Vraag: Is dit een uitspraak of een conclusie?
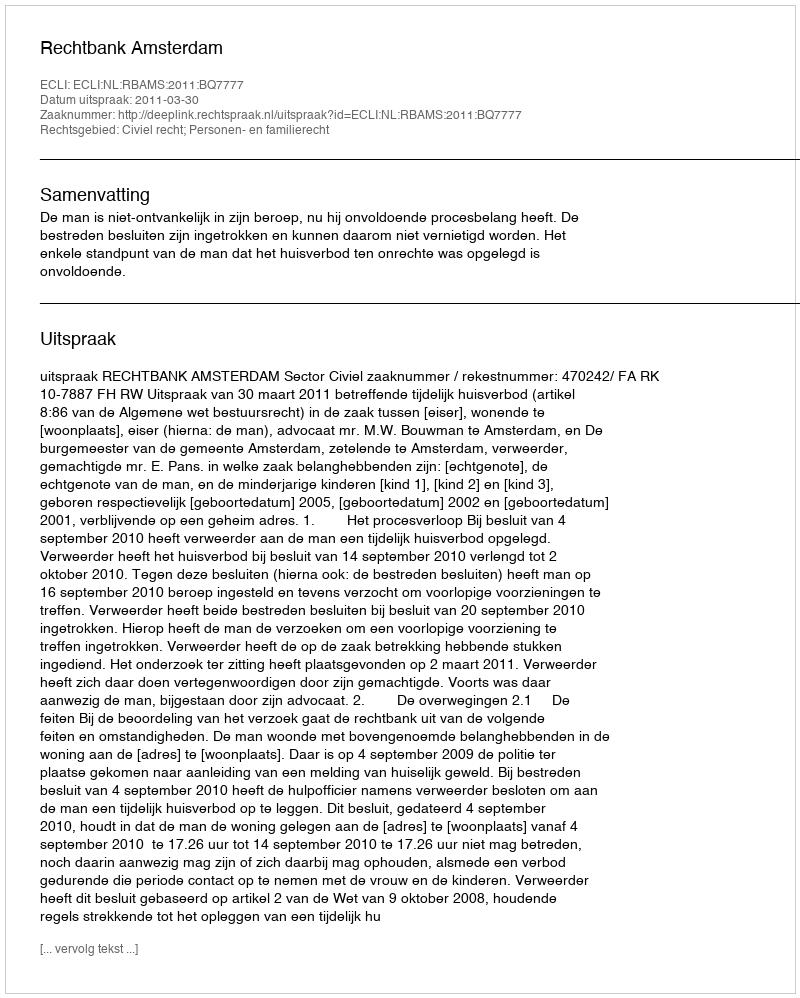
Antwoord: Uitspraak